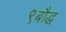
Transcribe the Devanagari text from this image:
९बौद्ध